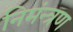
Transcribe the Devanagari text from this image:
निमंन्त्रण